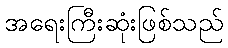
အရေးကြီးဆုံးဖြစ်သည်